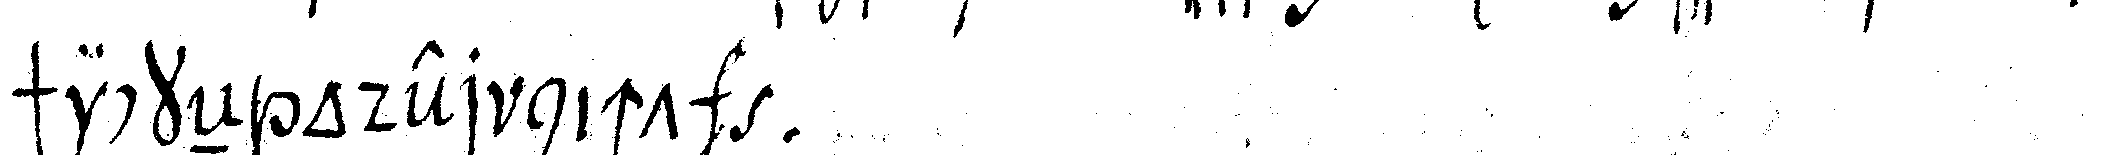
schickeN oder nicht  .